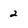
Character: 2